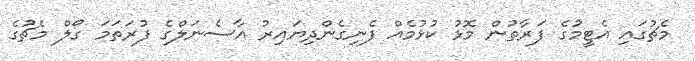
މެޗުގައި އެޓީމުގެ ފަރާތުން މޮޅު ކުޅުމެއް ފެނިގެންދިޔައިރު އާސެނަލްގެ ފުރަތަމަ ގޯލް މެޗުގެ